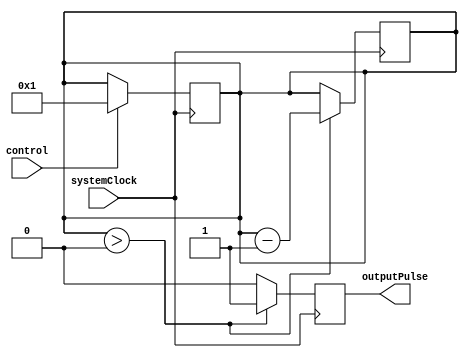
module VariablePulseWidthGenerator (
    input control,
    input systemClock,
    output reg outputPulse
);

reg [7:0] pulseWidth;

always @ (posedge systemClock) begin
    if (control == 1) begin
        pulseWidth <= 8'b00000001; // Set pulse width to 1 cycle
    end else if (control == 2) begin
        pulseWidth <= 8'b00000010; // Set pulse width to 2 cycles
    end else if (control == 3) begin
        pulseWidth <= 8'b00000100; // Set pulse width to 4 cycles
    end
    // Add more conditions as needed for different pulse widths
end

always @ (posedge systemClock) begin
    if (pulseWidth > 0) begin
        outputPulse <= 1'b1; // Output high for the specified pulse width
        pulseWidth <= pulseWidth - 1; // Decrement the pulse width
    end else begin
        outputPulse <= 1'b0; // Output low after the specified pulse width
    end
end

endmodule